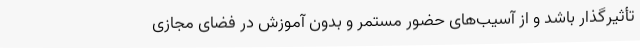
تأثیرگذار باشد و از آسیب‌های حضور مستمر و بدون آموزش در فضای مجازی